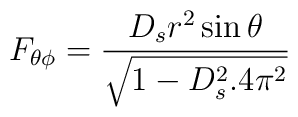
F_{\theta\phi} = \frac{D_sr^2\sin\theta}{\sqrt{1-D^2_s.4\pi^2}}